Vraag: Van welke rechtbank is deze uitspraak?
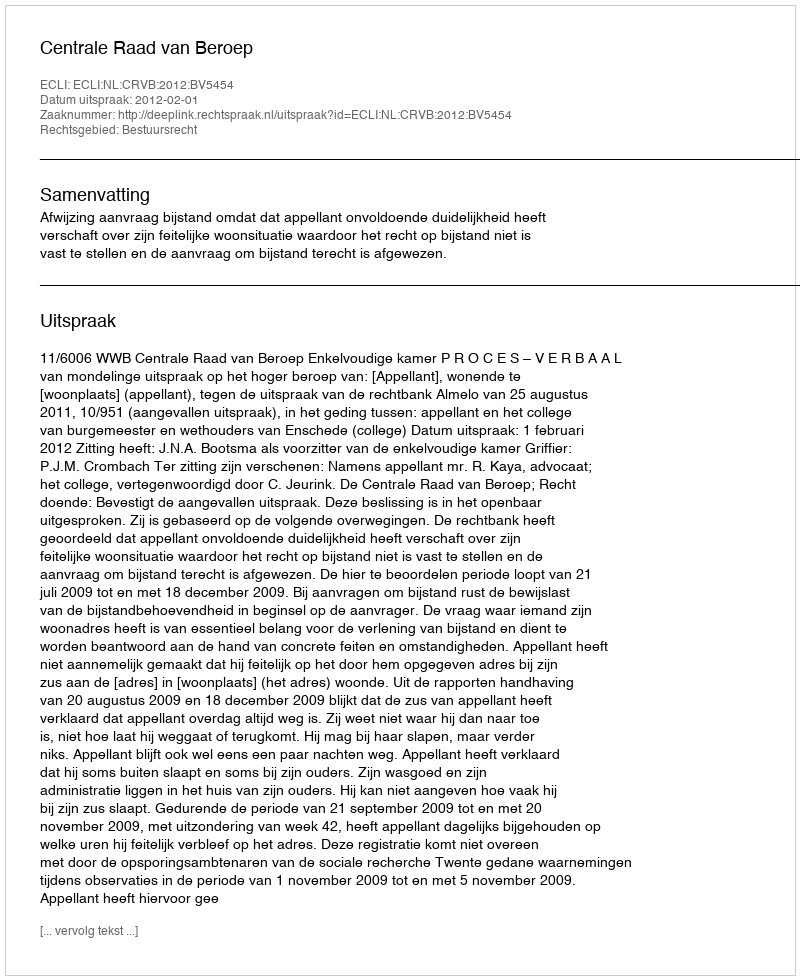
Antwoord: Centrale Raad van Beroep